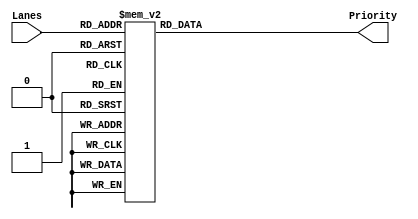
module Priority(Lanes,Priority);
	input [3:0] Lanes;
	output [3:0] Priority;
	
	reg [3:0] Priority;
	
	always @(Lanes)
		begin
			case({Lanes})
				4'b0000: {Priority[3],Priority[2],Priority[1],Priority[0]} = 4'b0000;
				4'b0001: {Priority[3],Priority[2],Priority[1],Priority[0]} = 4'b0001;
				4'b0010: {Priority[3],Priority[2],Priority[1],Priority[0]} = 4'b0010;
				4'b0011: {Priority[3],Priority[2],Priority[1],Priority[0]} = 4'b0011;
				4'b0100: {Priority[3],Priority[2],Priority[1],Priority[0]} = 4'b0100;
				4'b0101: {Priority[3],Priority[2],Priority[1],Priority[0]} = 4'b0101;
				4'b0110: {Priority[3],Priority[2],Priority[1],Priority[0]} = 4'b0110;
				4'b0111: {Priority[3],Priority[2],Priority[1],Priority[0]} = 4'b0110;
				4'b1000: {Priority[3],Priority[2],Priority[1],Priority[0]} = 4'b1000;
				4'b1001: {Priority[3],Priority[2],Priority[1],Priority[0]} = 4'b1001;
				4'b1010: {Priority[3],Priority[2],Priority[1],Priority[0]} = 4'b1010;
				4'b1011: {Priority[3],Priority[2],Priority[1],Priority[0]} = 4'b1010;
				4'b1100: {Priority[3],Priority[2],Priority[1],Priority[0]} = 4'b1100;
				4'b1101: {Priority[3],Priority[2],Priority[1],Priority[0]} = 4'b1100;
				4'b1110: {Priority[3],Priority[2],Priority[1],Priority[0]} = 4'b1100;
				4'b1111: {Priority[3],Priority[2],Priority[1],Priority[0]} = 4'b1100;
			endcase
		end
	endmodule